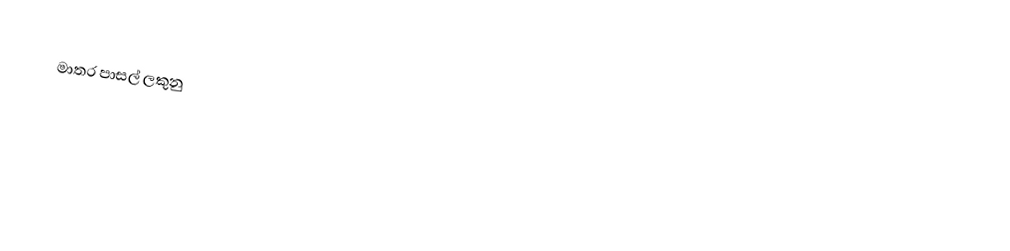
මාතර පාසල් ලකුනු